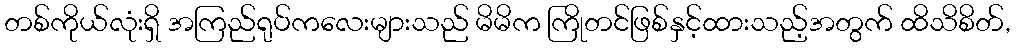
တစ်ကိုယ်လုံးရှိ အကြည်ရုပ်ကလေးများသည် မိမိက ကြိုတင်ဖြစ်နှင့်ထားသည့်အတွက် ထိသိစိတ်,